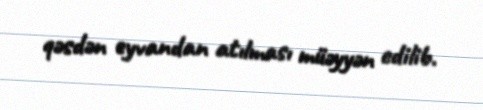
qəsdən eyvandan atılması müəyyən edilib.